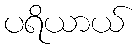
ပရိယာယ်